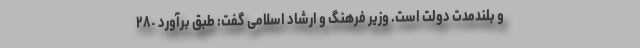
و بلندمدت دولت است. وزیر فرهنگ و ارشاد اسلامی گفت: طبق برآورد ٢٨٠